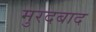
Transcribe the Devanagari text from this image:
मुरदबाद